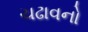
ચઢાવનો